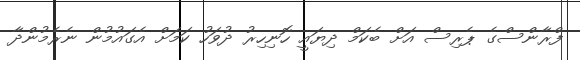
ފްރާންސްގެ ޕެރިސް އަށް ބެކަމް ދިޔައީ ހޮނިހިރު ދުވަހު ކަމަށް އެގައުމުން ނެރެމުންދާ